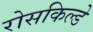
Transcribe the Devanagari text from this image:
रोसकिल्डे